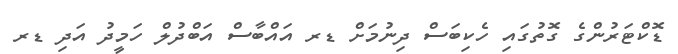
ޑޮކްޓަރުންގެ ގޮތުގައި ހެކިބަސް ދިނުމަށް ޑރ އައްބާސް އަބްދުލް ހަމީދު އަދި ޑރ